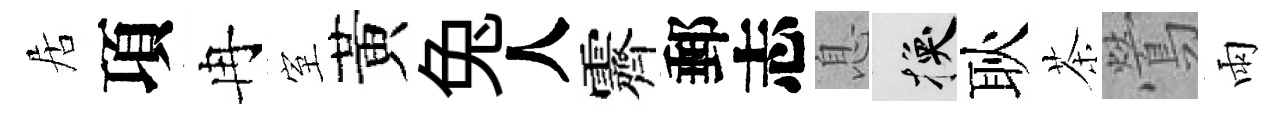
居項冉室黃兔人霽郵志息换耿茶鶯雨